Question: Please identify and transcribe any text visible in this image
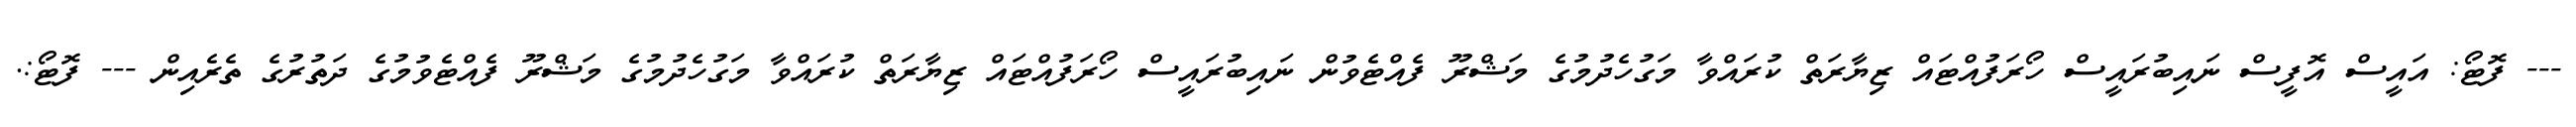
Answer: --- ފޮޓޯ: އައީސް އޮފީސް ނައިބުރައީސް ހޯރަފުއްޓައް ޒިޔާރަތް ކުރައްވާ މަގުހެދުމުގެ މަޝްރޫ ފެއްޓެވުން ނައިބުރައީސް ހޯރަފުއްޓައް ޒިޔާރަތް ކުރައްވާ މަގުހެދުމުގެ މަޝްރޫ ފެއްޓެވުމުގެ ދަތުރުގެ ތެރެއިން --- ފޮޓޯ:.